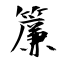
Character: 簾